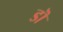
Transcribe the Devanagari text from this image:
डॊ